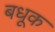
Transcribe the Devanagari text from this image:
बधूक